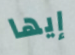
إيها